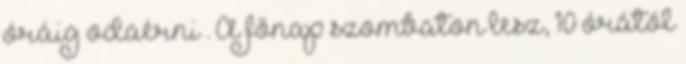
óráig odaérni . A főnap szombaton lesz, 10 órától